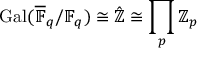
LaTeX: \operatorname { G a l } ( { \overline { { \mathbb { F } } } } _ { q } / \mathbb { F } _ { q } ) \cong { \hat { \mathbb { Z } } } \cong \prod _ { p } \mathbb { Z } _ { p }